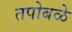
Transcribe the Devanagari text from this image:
तपोबळे